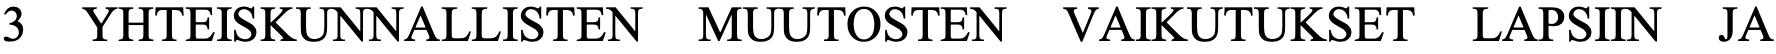
3 YHTEISKUNNALLISTEN   MUUTOSTEN   VAIKUTUKSET  LAPSIIN JA